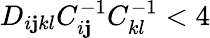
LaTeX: D_{i\mathbf{j}kl}C_{i\mathbf{j}}^{-1}C_{kl}^{-1}<4